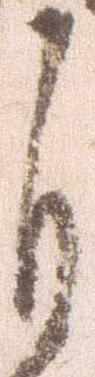
自